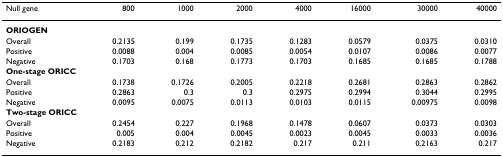
<table><thead><tr><td><b>Null gene</b></td><td><b>800</b></td><td><b>1000</b></td><td><b>2000</b></td><td><b>4000</b></td><td><b>16000</b></td><td><b>30000</b></td><td><b>40000</b></td></tr></thead><tbody><tr><td colspan="8"><b>ORIOGEN</b></td></tr><tr><td>Overall</td><td>0.2135</td><td>0.199</td><td>0.1735</td><td>0.1283</td><td>0.0579</td><td>0.0375</td><td>0.0310</td></tr><tr><td>Positive</td><td>0.0088</td><td>0.004</td><td>0.0085</td><td>0.0054</td><td>0.0107</td><td>0.0086</td><td>0.0077</td></tr><tr><td>Negative</td><td>0.1703</td><td>0.168</td><td>0.1773</td><td>0.1703</td><td>0.1685</td><td>0.1685</td><td>0.1788</td></tr><tr><td colspan="8"><b>One-stage ORICC</b></td></tr><tr><td>Overall</td><td>0.1738</td><td>0.1726</td><td>0.2005</td><td>0.2218</td><td>0.2681</td><td>0.2863</td><td>0.2862</td></tr><tr><td>Positive</td><td>0.2863</td><td>0.3</td><td>0.3</td><td>0.2975</td><td>0.2994</td><td>0.3044</td><td>0.2995</td></tr><tr><td>Negative</td><td>0.0095</td><td>0.0075</td><td>0.0113</td><td>0.0103</td><td>0.0115</td><td>0.00975</td><td>0.0098</td></tr><tr><td colspan="8"><b>Two-stage ORICC</b></td></tr><tr><td>Overall</td><td>0.2454</td><td>0.227</td><td>0.1968</td><td>0.1478</td><td>0.0607</td><td>0.0373</td><td>0.0303</td></tr><tr><td>Positive</td><td>0.005</td><td>0.004</td><td>0.0045</td><td>0.0023</td><td>0.0045</td><td>0.0033</td><td>0.0036</td></tr><tr><td>Negative</td><td>0.2183</td><td>0.212</td><td>0.2182</td><td>0.217</td><td>0.211</td><td>0.2163</td><td>0.217</td></tr></tbody></table>